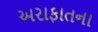
અરાફાતના